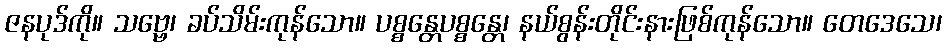
ဇနပုဒ်ကို။ သဗ္ဗေ၊ ခပ်သိမ်းကုန်သော။ ပစ္စန္တေပစ္စန္တေ၊ နယ်စွန်းတိုင်းနားဖြစ်ကုန်သော။ တေဒေသေ၊